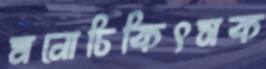
মনোচিকিৎসক